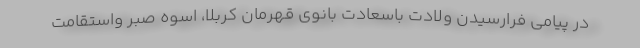
در پیامی فرارسیدن ولادت باسعادت بانوی قهرمان کربلا، اسوه صبر واستقامت